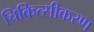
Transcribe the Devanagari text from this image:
चिकित्सीकरण